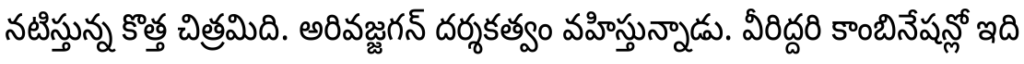
నటిస్తున్న కొత్త చిత్రమిది. అరివజ్జగన్ దర్శకత్వం వహిస్తున్నాడు. వీరిద్దరి కాంబినేషన్లో ఇది